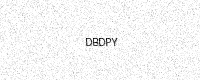
Text: DBDPY